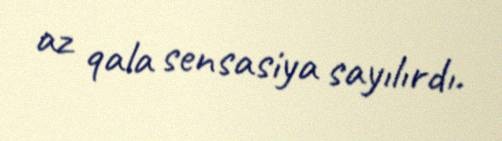
az qala sensasiya sayılırdı.